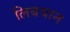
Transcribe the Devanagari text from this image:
लिबयान